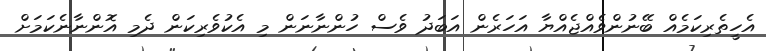
އެހީތެރިކަމެއް ބޭނުންވެއްޖެއްޔާ އަހަރެން އަބަދު ވެސް ހުންނާނަން މި އެކުވެރިކަން ދެމި އޮންނާނެކަމަށް